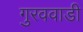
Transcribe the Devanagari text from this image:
गुरववाडी